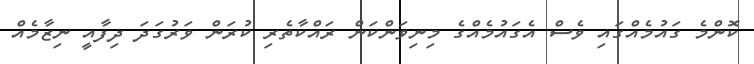
ކޮންމެ ގައުމެއްގައި ވެސް އެގައުމެއްގެ މިނިވަންކަން ރައްކާތެރި ކުރަން ވަރުގަދަ ދިފާއީ ނިޒާމެއް